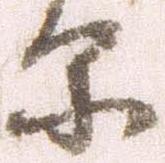
原